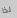
لذا